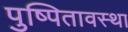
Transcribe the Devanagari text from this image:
पुष्पितावस्था